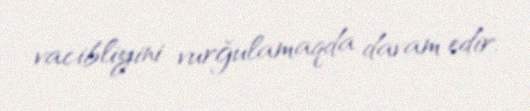
vacibliyini vurğulamaqda davam edir.